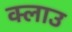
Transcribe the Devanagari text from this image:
क्लाउ